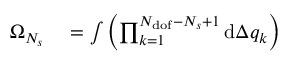
\begin{array} { r l } { \Omega _ { N _ { s } } } & { { } = \int { \left( \prod _ { k = 1 } ^ { N _ { \mathrm { d o f } } - N _ { s } + 1 } { \mathrm { d } \Delta q _ { k } } \right) } } \end{array}